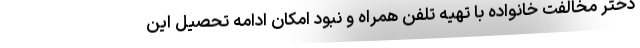
دختر مخالفت خانواده با تهیه تلفن همراه و نبود امکان ادامه تحصیل این